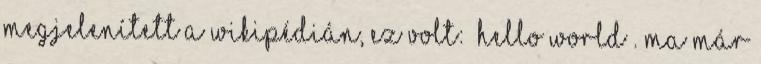
megjelenített a Wikipédián, ez volt: „Hello world”. Ma már